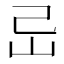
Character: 㞯